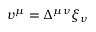
v ^ { \mu } = \Delta ^ { \mu \nu } \xi _ { \nu }